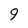
Character: 9